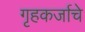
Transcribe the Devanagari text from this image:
गृहकर्जाचे